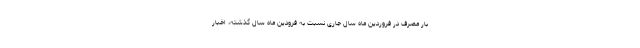
بار مصرف در فروردین ماه سال جاری نسبت به فرودین ماه سال گذشته، اخبار